Tartu_linnavalitsus, lk 92
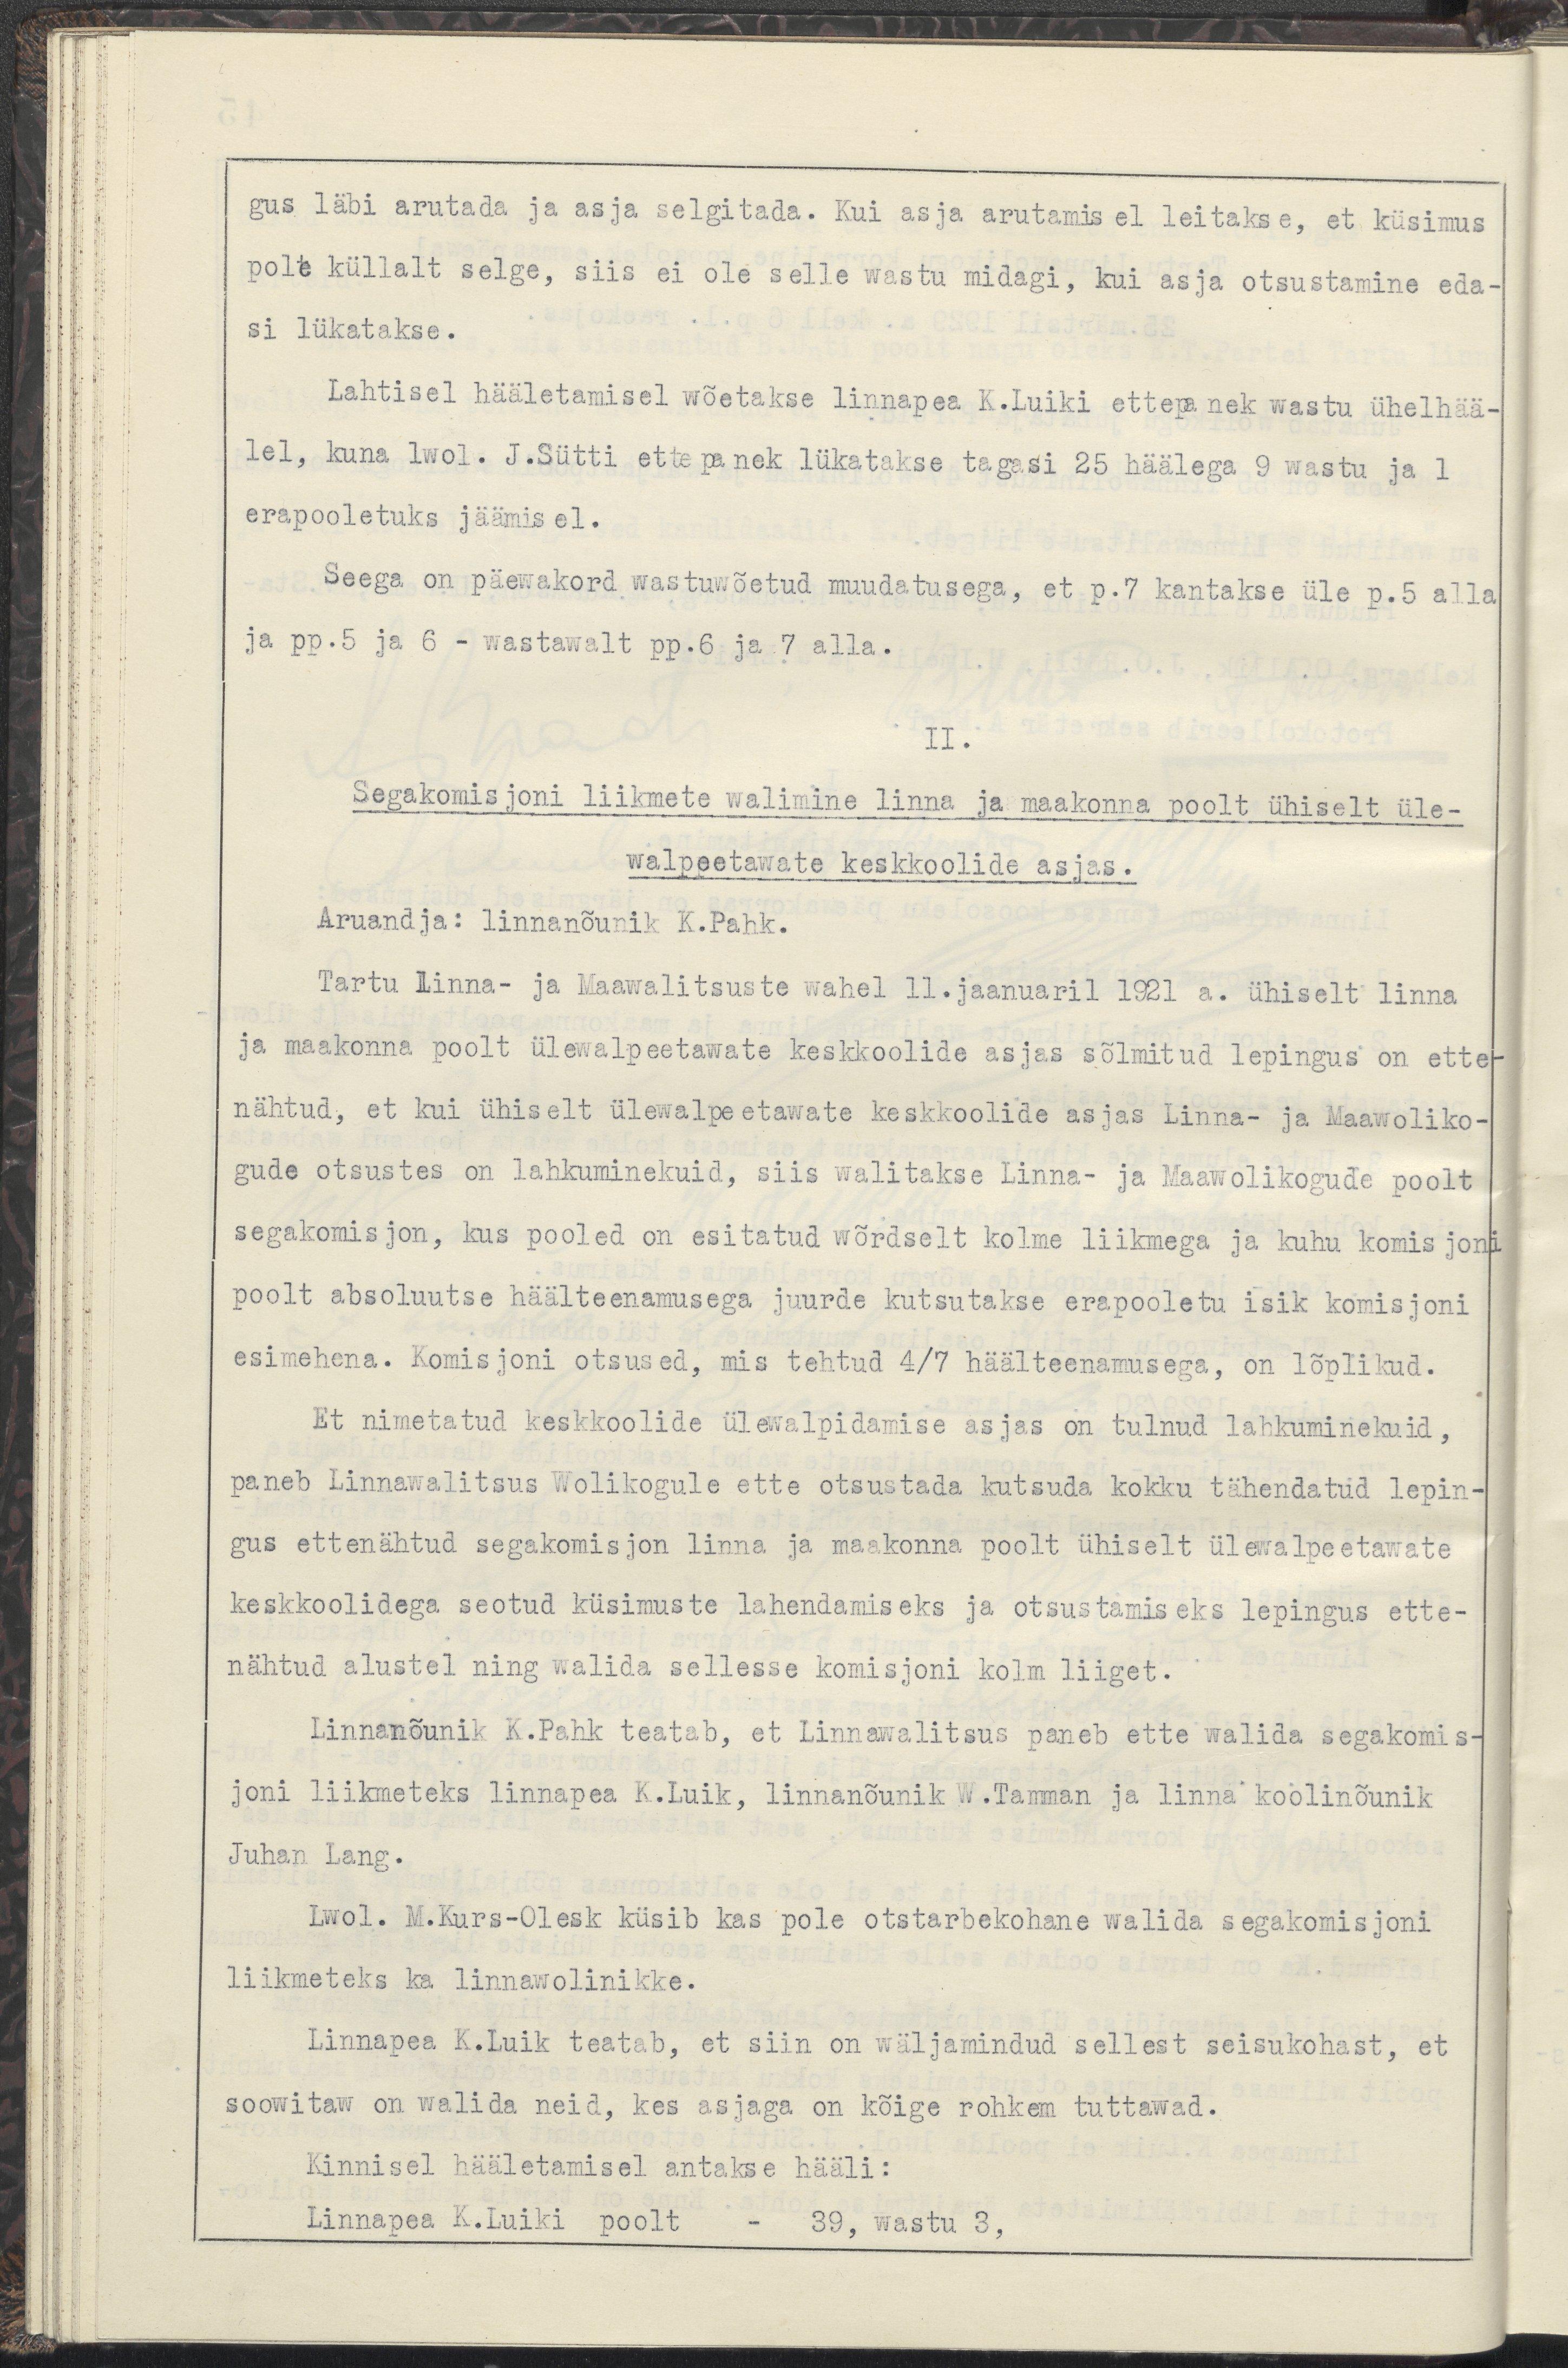
gus läbi arutada ja asja selgitada. Kui asja arutamisel leitakse, et küsimus
pole küllalt selge, siis ei ole selle wastu midagi, kui asja otsustamine eda-
si lükatakse.
Lahtisel hääletamisel wõetakse linnapea K.Luiki ettepanek wastu ühelhää-
lel, kuna lwol. J.Sütti ettepanek lükatakse tagasi 25 häälega 9 wastu ja 1
erapooletuks jäämisel.
Seega on päewakord wastuwõetud muudatusega, et p.7 kantakse üle p.5 alla
ja pp.5 ja 6 - wastawalt pp.6 ja 7 alla.
II.
Segakomisjoni liikmete walimine linna ja maakonna poolt ühiselt üle-
walpeetawate keskkoolide asjas. 
Aruandja: Linnanõunik K.Pahk.
Tartu Linna- ja Maawalitsuste wahel 11.jaanuaril 1921 a. ühiselt linna
ja maakonna poolt ülewalpeetawate keskkoolide asjas sõlmitud lepingus on ette-
nähtud, et kui ühiselt ülewalpeetawate keskkoolide asjas Linna- ja Maawoliko-
gude otsustes on lahkuminekuid, siis walitakse Linna- ja Maawolikogude poolt
segakomisjon, kus pooled on esitatud wõrdselt kolme liikmega ja kuhu komisjoni
poolt absolutse häälteenamusega juurde kutsutakse erapooletu isik komisjoni
esimehena. Komisjoni otsused, mis tehtud 4/7 häälteenamusega, on lõplikud.
Et nimetatud keskkoolide ülewalpidamise asjas on tulnud lahkuminekuid, 
paneb Linnawalitsus Wolikogule ette otsustada kutsuda kokku tähendatud lepin-
gus ettenähtud segakomisjon linnna ja maakonna poolt ühiselt ülewalpeetawate
keskkoolidega seotud küsimuste lahendamiseks ja otsustamiseks lepingus ette-
nähtud alumisel ning walida sellesse komisjoni kolm liiget.
Linnanõunik K.Pahk teatab, et Linnawalitsus paneb ette walid segakomis-
joni liikmeteks linnapea K.Luik, linnanõunik W.Tanman ja linna koolinõunik
Juhan Lang.
Lwol. M.Kurs-Olesk küsib kas pole otstarbekohane walida segakomisjoni
liikmeteks ka linnawolinikke.
Linnapea K.Luik teatab, et siin on wäljamindud sellest seisukohast, et
soowitaw on walida neid, kes asjaga on kõige rohkem tuttawad.
Kinnisel hääletamisel antakse hääli:
Linnapea K.Luiki poolt - 39, wastu 3,